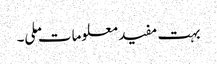
بہت مفید معلومات ملی۔